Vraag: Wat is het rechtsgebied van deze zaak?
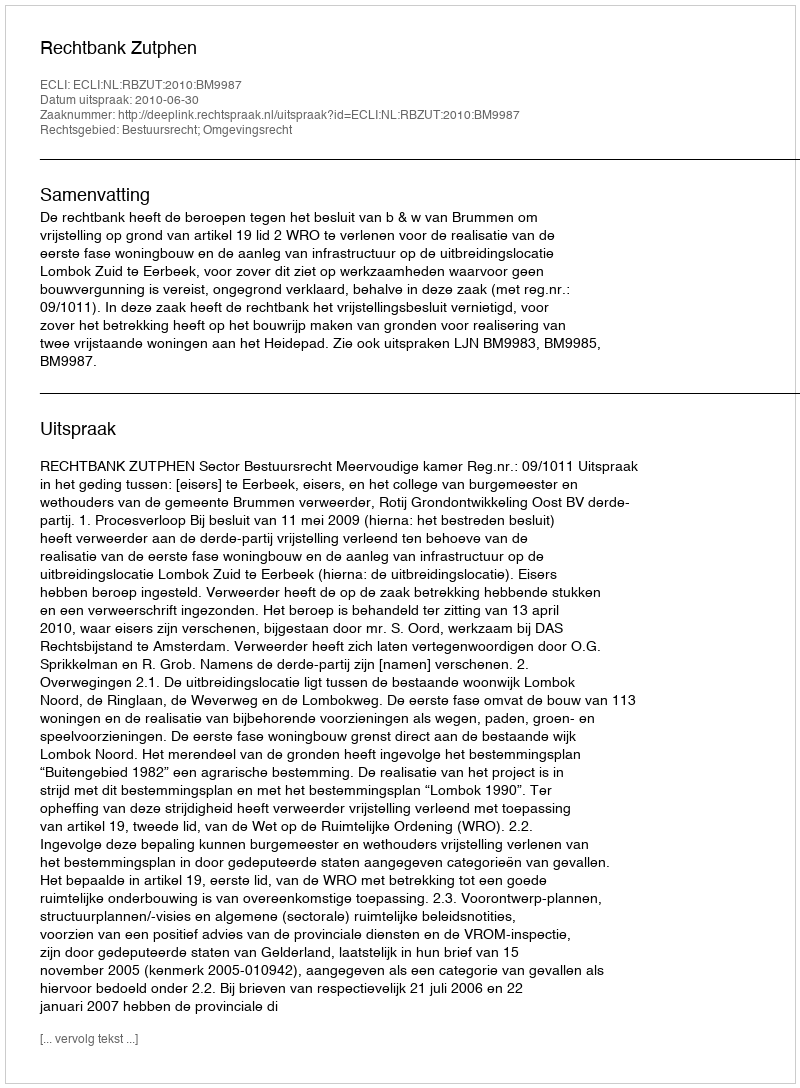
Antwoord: Bestuursrecht; Omgevingsrecht